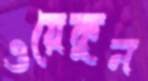
ওয়েকুন